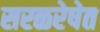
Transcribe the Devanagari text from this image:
सरळरेषेत